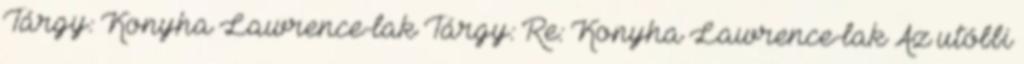
Tárgy: Konyha Lawrence-lak Tárgy: Re: Konyha Lawrence-lak Az utóbbi